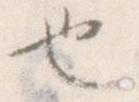
也